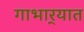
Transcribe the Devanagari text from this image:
गाभार्‍यात